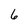
Character: 6